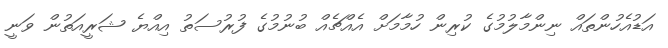
އަޑުއެހުންތައް ނިންމާލުމުގެ ކުރިން ހުމާމަށް އެއްޗެއް ބުނުމުގެ ފުރުސަތު އިއްޔެ ޝަރީއަތުން ވަނީ